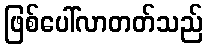
ဖြစ်ပေါ်လာတတ်သည်